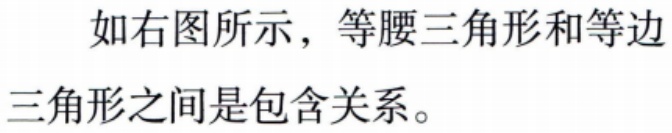
如右图所示，等腰三角形和等边三角形之间是包含关系。